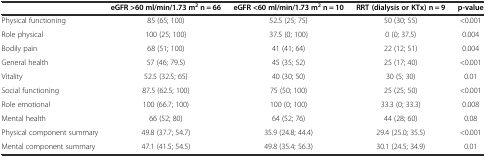
<table><thead><tr><td></td><td><b>eGFR &gt;60 ml/min/1.73 m<sup>2</sup> n = 66</b></td><td><b>eGFR &lt;60 ml/min/1.73 m<sup>2</sup> n = 10</b></td><td><b>RRT (dialysis or KTx) n = 9</b></td><td><b>p-value</b></td></tr></thead><tbody><tr><td>Physical functioning</td><td>85 (65; 100)</td><td>52.5 (25; 75)</td><td>50 (30; 55)</td><td>&lt;0.001</td></tr><tr><td>Role physical</td><td>100 (25; 100)</td><td>37.5 (0; 100)</td><td>0 (0; 37.5)</td><td>0.004</td></tr><tr><td>Bodily pain</td><td>68 (51; 100)</td><td>41 (41; 64)</td><td>22 (12; 51)</td><td>0.004</td></tr><tr><td>General health</td><td>57 (46; 79.5)</td><td>45 (35; 52)</td><td>25 (17; 40)</td><td>&lt;0.001</td></tr><tr><td>Vitality</td><td>52.5 (32.5; 65)</td><td>40 (30; 50)</td><td>30 (5; 30)</td><td>0.01</td></tr><tr><td>Social functioning</td><td>87.5 (62.5; 100)</td><td>75 (50; 100)</td><td>25 (25; 50)</td><td>&lt;0.001</td></tr><tr><td>Role emotional</td><td>100 (66.7; 100)</td><td>100 (0; 100)</td><td>33.3 (0; 33.3)</td><td>0.008</td></tr><tr><td>Mental health</td><td>66 (52; 80)</td><td>64 (52; 76)</td><td>44 (28; 60)</td><td>0.08</td></tr><tr><td>Physical component summary</td><td>49.8 (37.7; 54.7)</td><td>35.9 (24.8; 44.4)</td><td>29.4 (25.0; 35.5)</td><td>&lt;0.001</td></tr><tr><td>Mental component summary</td><td>47.1 (41.5; 54.5)</td><td>49.8 (35.4; 56.3)</td><td>30.1 (24.5; 34.9)</td><td>0.01</td></tr></tbody></table>